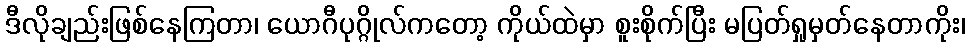
ဒီလိုချည်းဖြစ်နေကြတာ၊ ယောဂီပုဂ္ဂိုလ်ကတော့ ကိုယ်ထဲမှာ စူးစိုက်ပြီး မပြတ်ရှုမှတ်နေတာကိုး၊